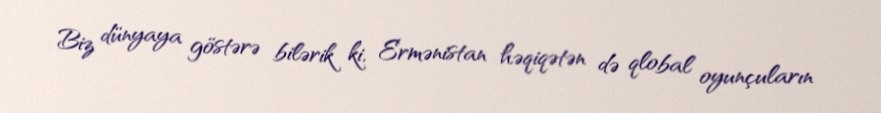
Biz dünyaya göstərə bilərik ki, Ermənistan həqiqətən də qlobal oyunçuların